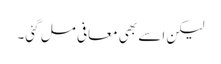
لیکن اسے بھی معافی مل گئی۔